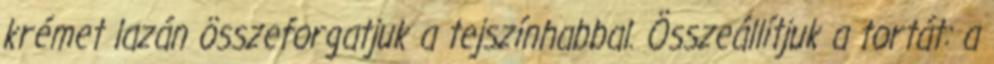
krémet lazán összeforgatjuk a tejszínhabbal. Összeállítjuk a tortát: a